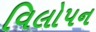
વિલોપન